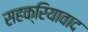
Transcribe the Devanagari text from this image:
सहक्रियावाद